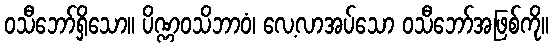
ဝသီဘော်ရှိသော။ ပိဏ္ဏဝသိဘာဝံ၊ လေ့လာအပ်သော ဝသီဘော်အဖြစ်ကို။